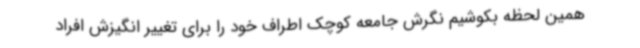
همین لحظه بکوشیم نگرش جامعه کوچک اطراف خود را برای تغییر انگیزش افراد